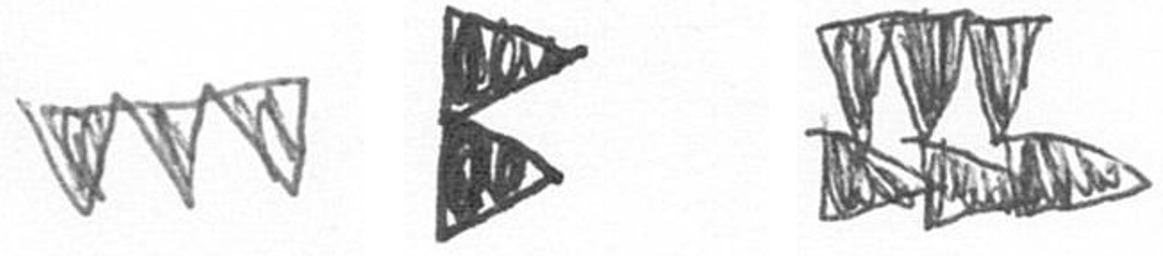
L P D